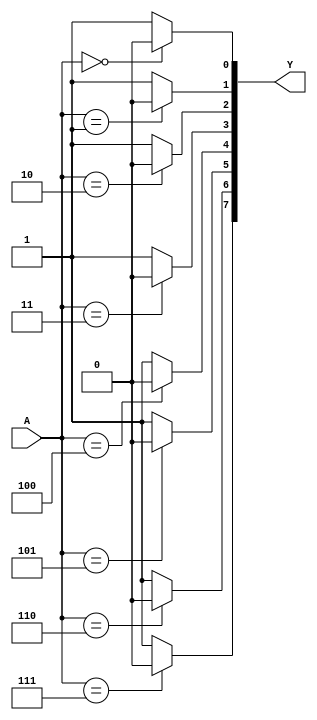
`timescale 1ns / 1ps
//////////////////////////////////////////////////////////////////////////////////
// Company: 
// Engineer: 
// 
// Design Name: 
// Module Name: decoder38
// Project Name: 
// Target Devices: 
// Tool Versions: 
// Description: 
// 
// Dependencies: 
// 
// Revision:
// Revision 0.01 - File Created
// Additional Comments:
// 
//////////////////////////////////////////////////////////////////////////////////


module decoder38(A, Y);
    input[2:0] A;
    output reg[7:0] Y;
    integer i;
    
    always @(A) begin
        Y = 8'b1111_1111;
        for(i = 0; i <= 7; i = i + 1)
            if(A == i)
                Y[i] = 0;
            else
                Y[i] = 1; 
    end
endmodule